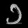
Digit: ၁